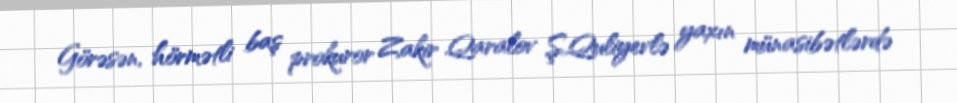
Görəsən, hörmətli baş prokuror Zakir Qaralov Ş.Quliyevlə yaxın münasibətlərdə